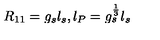
R _ { 1 1 } = g _ { s } l _ { s } , l _ { P } = g _ { s } ^ { \frac { 1 } { 3 } } l _ { s }